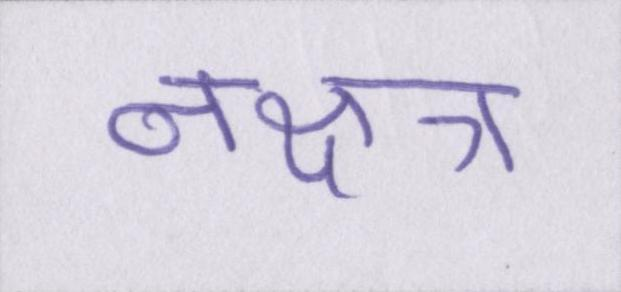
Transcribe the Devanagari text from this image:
नक्षत्र